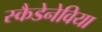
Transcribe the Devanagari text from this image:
स्कैडेनेविया